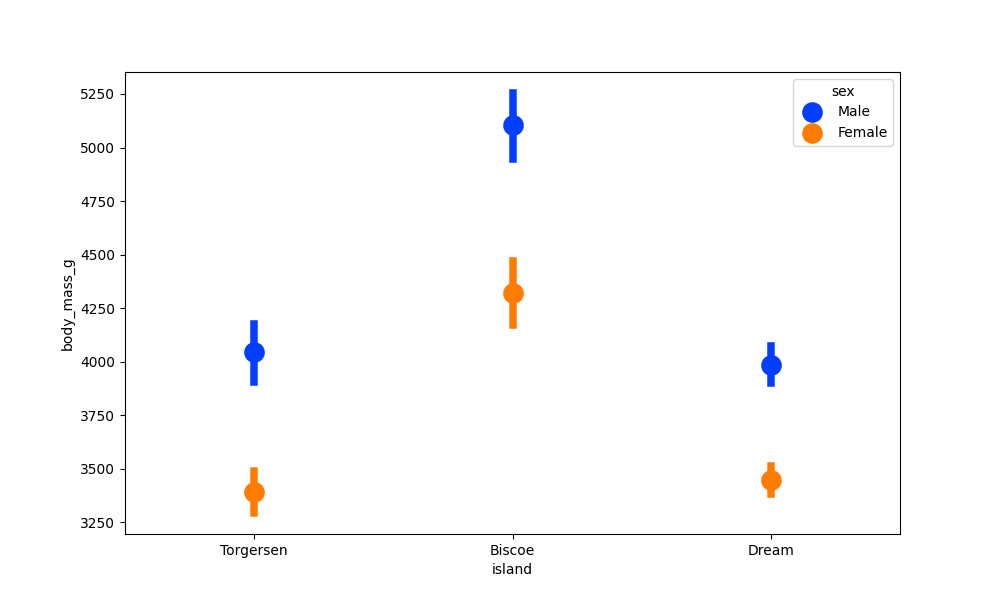
python, seaborn, pointplot, scale=2.0, join=False, hue='sex', palette='bright'